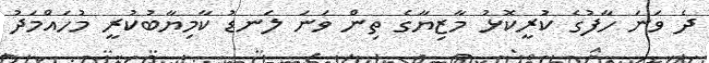
ދެ ވަނަ ހާފުގެ ކުރީކޮޅު މާޒިޔާގެ ތިން ވަނަ ލަނޑު ކާމިޔާބުކުރީ މުހައްމަދު